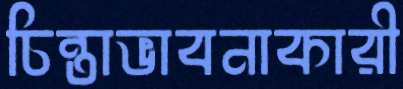
চিন্তাভাবনাকারী